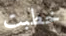
خطبت